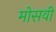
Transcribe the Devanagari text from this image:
मोसवी